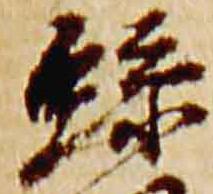
絲